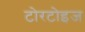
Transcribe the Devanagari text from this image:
टोरटोइज